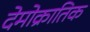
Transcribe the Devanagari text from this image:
देमोक्रातिक